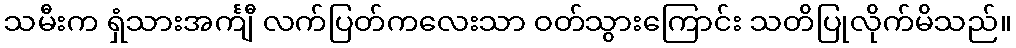
သမီးက ရှံသားအင်္ကျီ လက်ပြတ်ကလေးသာ ဝတ်သွားကြောင်း သတိပြုလိုက်မိသည်။